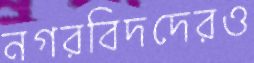
নগরবিদদেরও